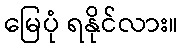
မြေပုံ ရနိုင်လား။